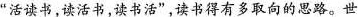
”活读书，读活书，读书活”，读书得有多取向的思路。世